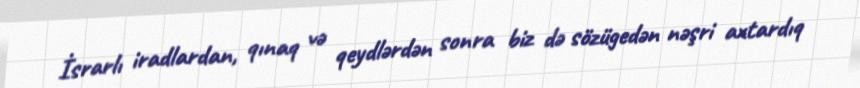
İsrarlı iradlardan, qınaq və qeydlərdən sonra biz də sözügedən nəşri axtardıq